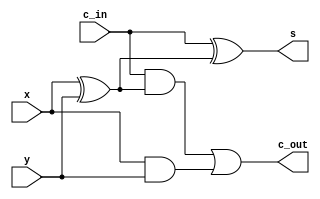
module full_adder_v1 (
  input   x, y, c_in,
  output  s, c_out
);

  xor (p, x, y);
  and (q, x, y);

  xor (s, c_in, p);
  and (r, c_in, p);

  or  (c_out, r, q);

endmodule